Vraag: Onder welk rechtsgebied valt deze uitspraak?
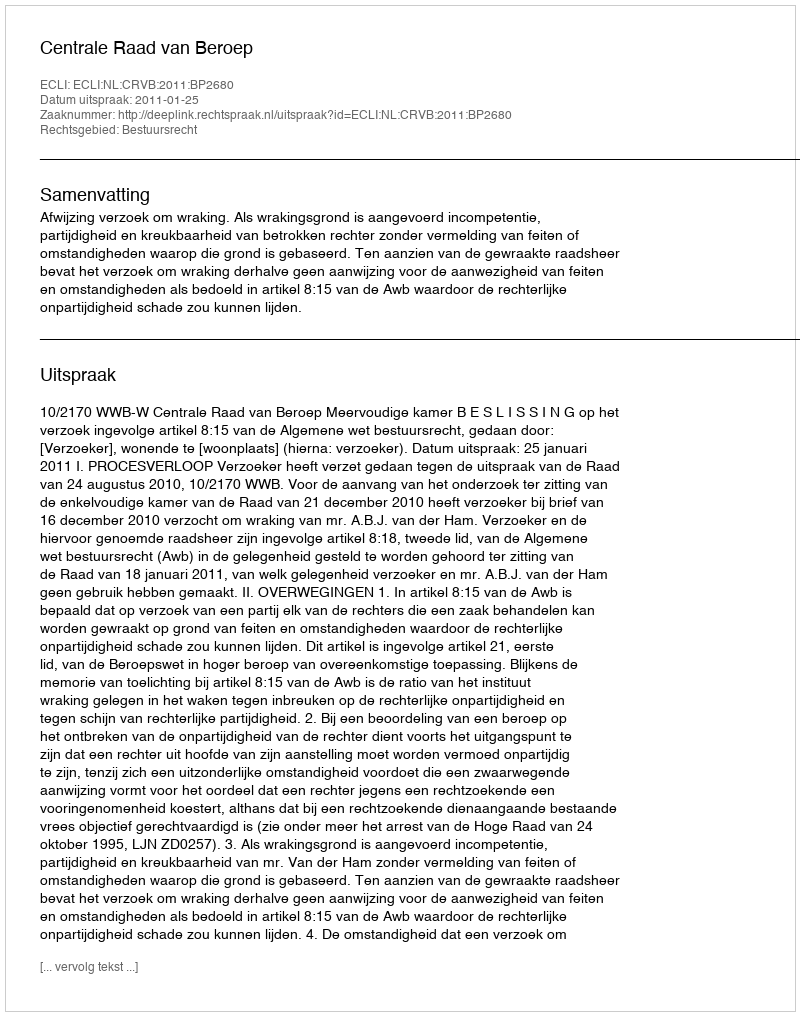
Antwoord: Bestuursrecht